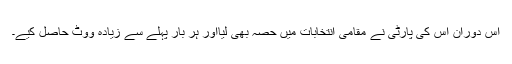
اس دوران اس کی پارٹی نے مقامی انتخابات میں حصہ بھی لیااور ہر بار پہلے سے زیادہ ووٹ حاصل کیے۔